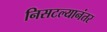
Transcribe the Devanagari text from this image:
निसटल्यानंतर